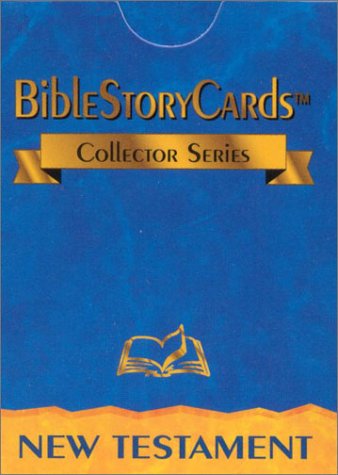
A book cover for Bible Story Cards - New Testament; Christian Books & Bibles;